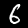
Label: 6